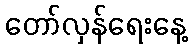
တော်လှန်ရေးနေ့